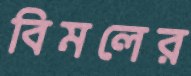
বিমলের